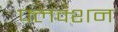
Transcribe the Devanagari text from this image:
फ्लक्शन